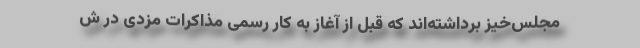
مجلس‌خیز برداشته‌اند که قبل از آغاز به کار رسمی مذاکرات مزدی در ش